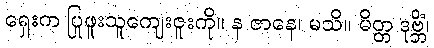
ရှေးက ပြုဖူးသူကျေးဇူးကို။ န ဇာနေ၊ မသိ။ မိတ္တ ဒုဗ္ဘိံ၊